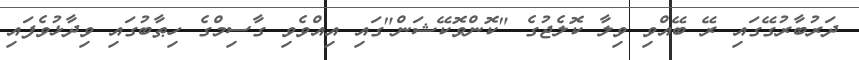
ދަރުބާރުގޭގައި ރޭ ބޭއްވި ވިލާ ކޮލެޖުގެ "ކޮންވޮކޭޝަން"ގައި އިއްވެވި ގާސިމްގެ ހިޠާބުގައި ވިދާޅުވެފައި